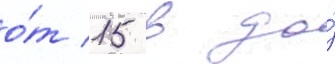
о́т 15 в до́